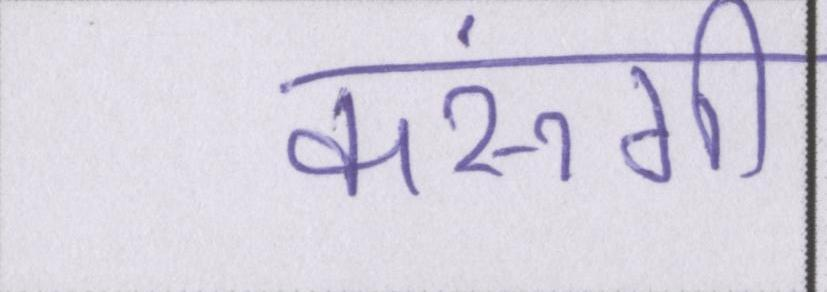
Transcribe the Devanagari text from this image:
करूंगी